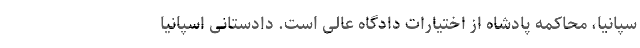
سپانیا، محاکمه پادشاه از اختیارات دادگاه عالی است. دادستانی اسپانیا